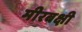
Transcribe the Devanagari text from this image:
मीरबक्षी